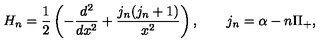
H _ { n } = \frac { 1 } { 2 } \left( - \frac { d ^ { 2 } } { d x ^ { 2 } } + \frac { j _ { n } ( j _ { n } + 1 ) } { x ^ { 2 } } \right) , \qquad j _ { n } = \alpha - n \Pi _ { + } ,